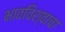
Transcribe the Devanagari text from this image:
भावविश्‍वाचा